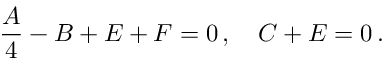
\frac { A } { 4 } - B + E + F = 0 \, , \quad C + E = 0 \, .